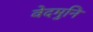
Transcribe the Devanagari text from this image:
वेदमुनि